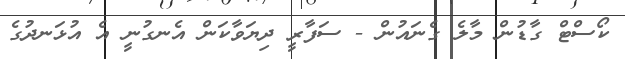
ކޯސްޓް ގާޑުން މާލެ ގެނައުން - ސަފާރީ ދިޔަވާކަން އެނގުނީ އެ އުޅަނދުގެ